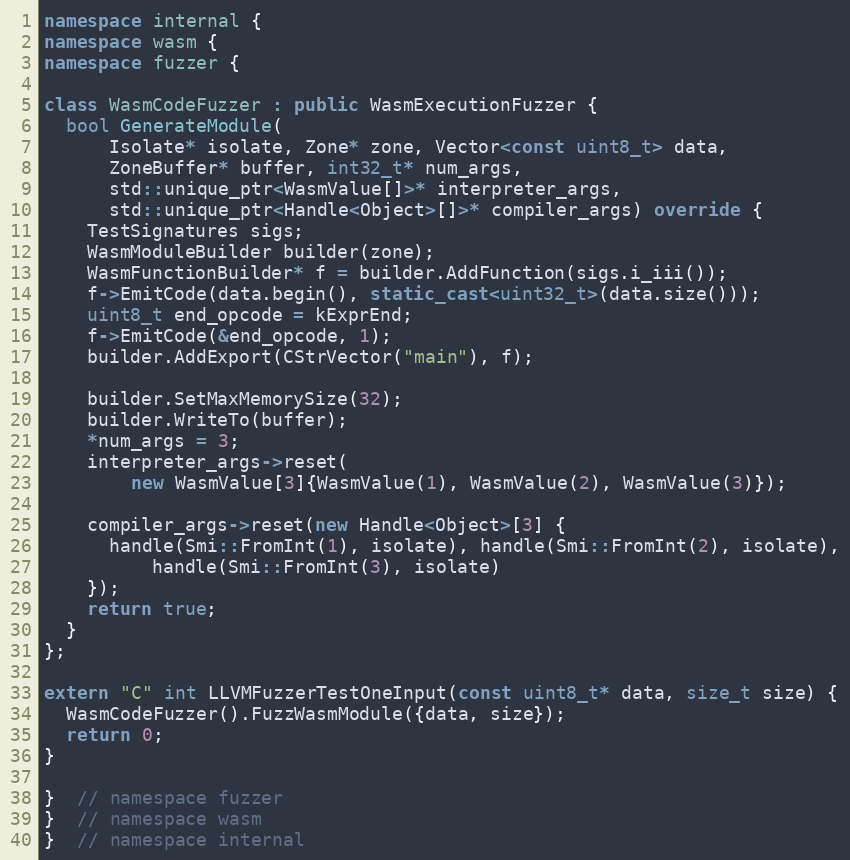
Language: C++
namespace internal {
namespace wasm {
namespace fuzzer {

class WasmCodeFuzzer : public WasmExecutionFuzzer {
  bool GenerateModule(
      Isolate* isolate, Zone* zone, Vector<const uint8_t> data,
      ZoneBuffer* buffer, int32_t* num_args,
      std::unique_ptr<WasmValue[]>* interpreter_args,
      std::unique_ptr<Handle<Object>[]>* compiler_args) override {
    TestSignatures sigs;
    WasmModuleBuilder builder(zone);
    WasmFunctionBuilder* f = builder.AddFunction(sigs.i_iii());
    f->EmitCode(data.begin(), static_cast<uint32_t>(data.size()));
    uint8_t end_opcode = kExprEnd;
    f->EmitCode(&end_opcode, 1);
    builder.AddExport(CStrVector("main"), f);

    builder.SetMaxMemorySize(32);
    builder.WriteTo(buffer);
    *num_args = 3;
    interpreter_args->reset(
        new WasmValue[3]{WasmValue(1), WasmValue(2), WasmValue(3)});

    compiler_args->reset(new Handle<Object>[3] {
      handle(Smi::FromInt(1), isolate), handle(Smi::FromInt(2), isolate),
          handle(Smi::FromInt(3), isolate)
    });
    return true;
  }
};

extern "C" int LLVMFuzzerTestOneInput(const uint8_t* data, size_t size) {
  WasmCodeFuzzer().FuzzWasmModule({data, size});
  return 0;
}

}  // namespace fuzzer
}  // namespace wasm
}  // namespace internal